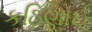
કઠિણાઈ